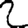
Digit: 2